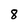
Character: 8